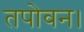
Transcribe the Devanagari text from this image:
तपोवन।